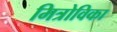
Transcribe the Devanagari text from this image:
मित्रोविका